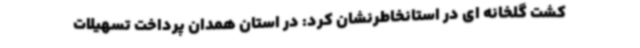
کشت گلخانه ای در استانخاطرنشان کرد: در استان همدان پرداخت تسهیلات